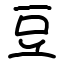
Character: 豆